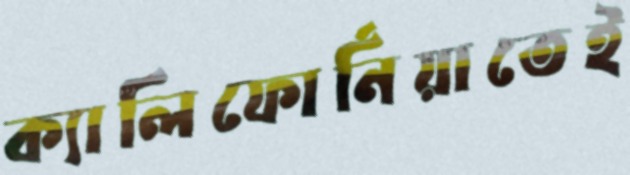
ক্যালিফোর্নিয়াতেই